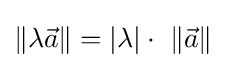
\|\lambda {\vec {a}}\|=|\lambda |\cdot \ \|{\vec {a}}\|